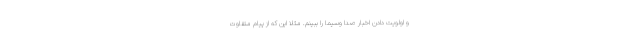
و اولویت دادن اخبار صدا وسیما را ببینم. مثلا این که از پیام متفاوت